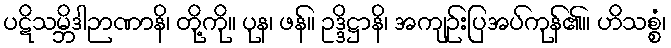
ပဋိသမ္ဘိဒါဉာဏာနိ၊ တို့ကို။ ပုန၊ ဖန်။ ဥဒ္ဒိဋ္ဌာနိ၊ အကျဉ်းပြအပ်ကုန်၏။ ဟိသစ္စံ၊